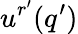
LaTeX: u^{r^{\prime}}(q^{\prime})